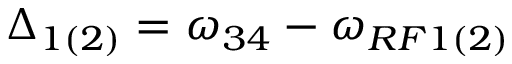
\Delta _ { 1 ( 2 ) } = \omega _ { 3 4 } - \omega _ { R F 1 ( 2 ) }